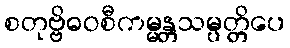
စတုဗ္ဗိဓဝစီကမ္မန္တသမ္ပတ္တိပေ